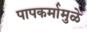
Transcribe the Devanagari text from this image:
पापकर्मामुळे